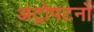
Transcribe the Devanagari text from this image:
अट्रोपटनों